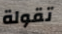
تقولة